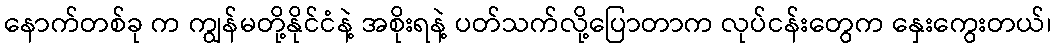
နောက်တစ်ခု က ကျွန်မတို့နိုင်ငံနဲ့ အစိုးရနဲ့ ပတ်သက်လို့ပြောတာက လုပ်ငန်းတွေက နှေးကွေးတယ်၊